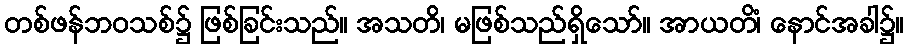
တစ်ဖန်ဘဝသစ်၌ ဖြစ်ခြင်းသည်။ အသတိ၊ မဖြစ်သည်ရှိသော်။ အာယတိံ၊ နောင်အခါ၌။